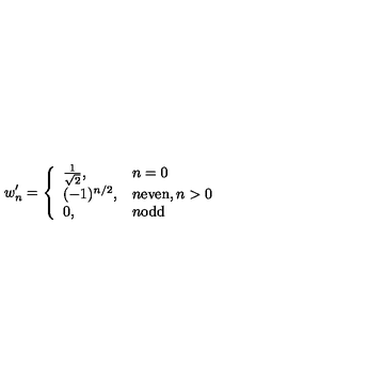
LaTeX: w _ { n } ^ { \prime } = \left\{ \begin{array} { l l } { \frac { 1 } { \sqrt { 2 } } , } & { n = 0 } \\ { ( - 1 ) ^ { n / 2 } , } & { n \mathrm { e v e n } , n > 0 } \\ { 0 , } & { n \mathrm { o d d } } \\ \end{array} \right.